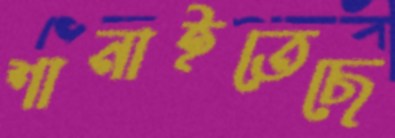
শানাইতেছে